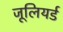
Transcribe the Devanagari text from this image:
जूलियर्ड